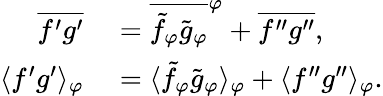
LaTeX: \begin{array}{rl}{\overline{{f^{\prime}g^{\prime}}}}&{{}=\overline{{\tilde{f}_{\varphi}\tilde{g}_{\varphi}}}^{\varphi}+\overline{{f^{\prime\prime}g^{\prime\prime}}},}\\ {\langle{f^{\prime}g^{\prime}}\rangle_{\varphi}}&{{}=\langle{\tilde{f}_{\varphi}\tilde{g}_{\varphi}}\rangle_{\varphi}+\langle{f^{\prime\prime}g^{\prime\prime}}\rangle_{\varphi}.}\end{array}